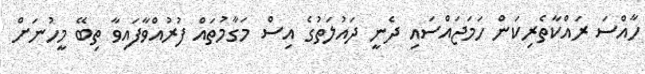
ހާއްސަ ރައްކާތެރިކަން ހަމަޖައްސައި ދެނީ ދައުލަތުގެ އިސް މަގާމުތައް ފުރުއްވާފައިވާ ތިބޭ މީހުނަށް